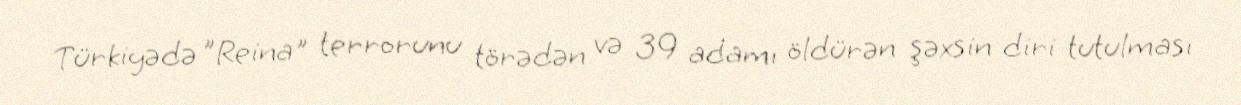
Türkiyədə ”Reina" terrorunu törədən və 39 adamı öldürən şəxsin diri tutulması